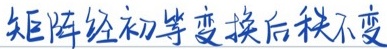
矩阵经初等变换后秩不变